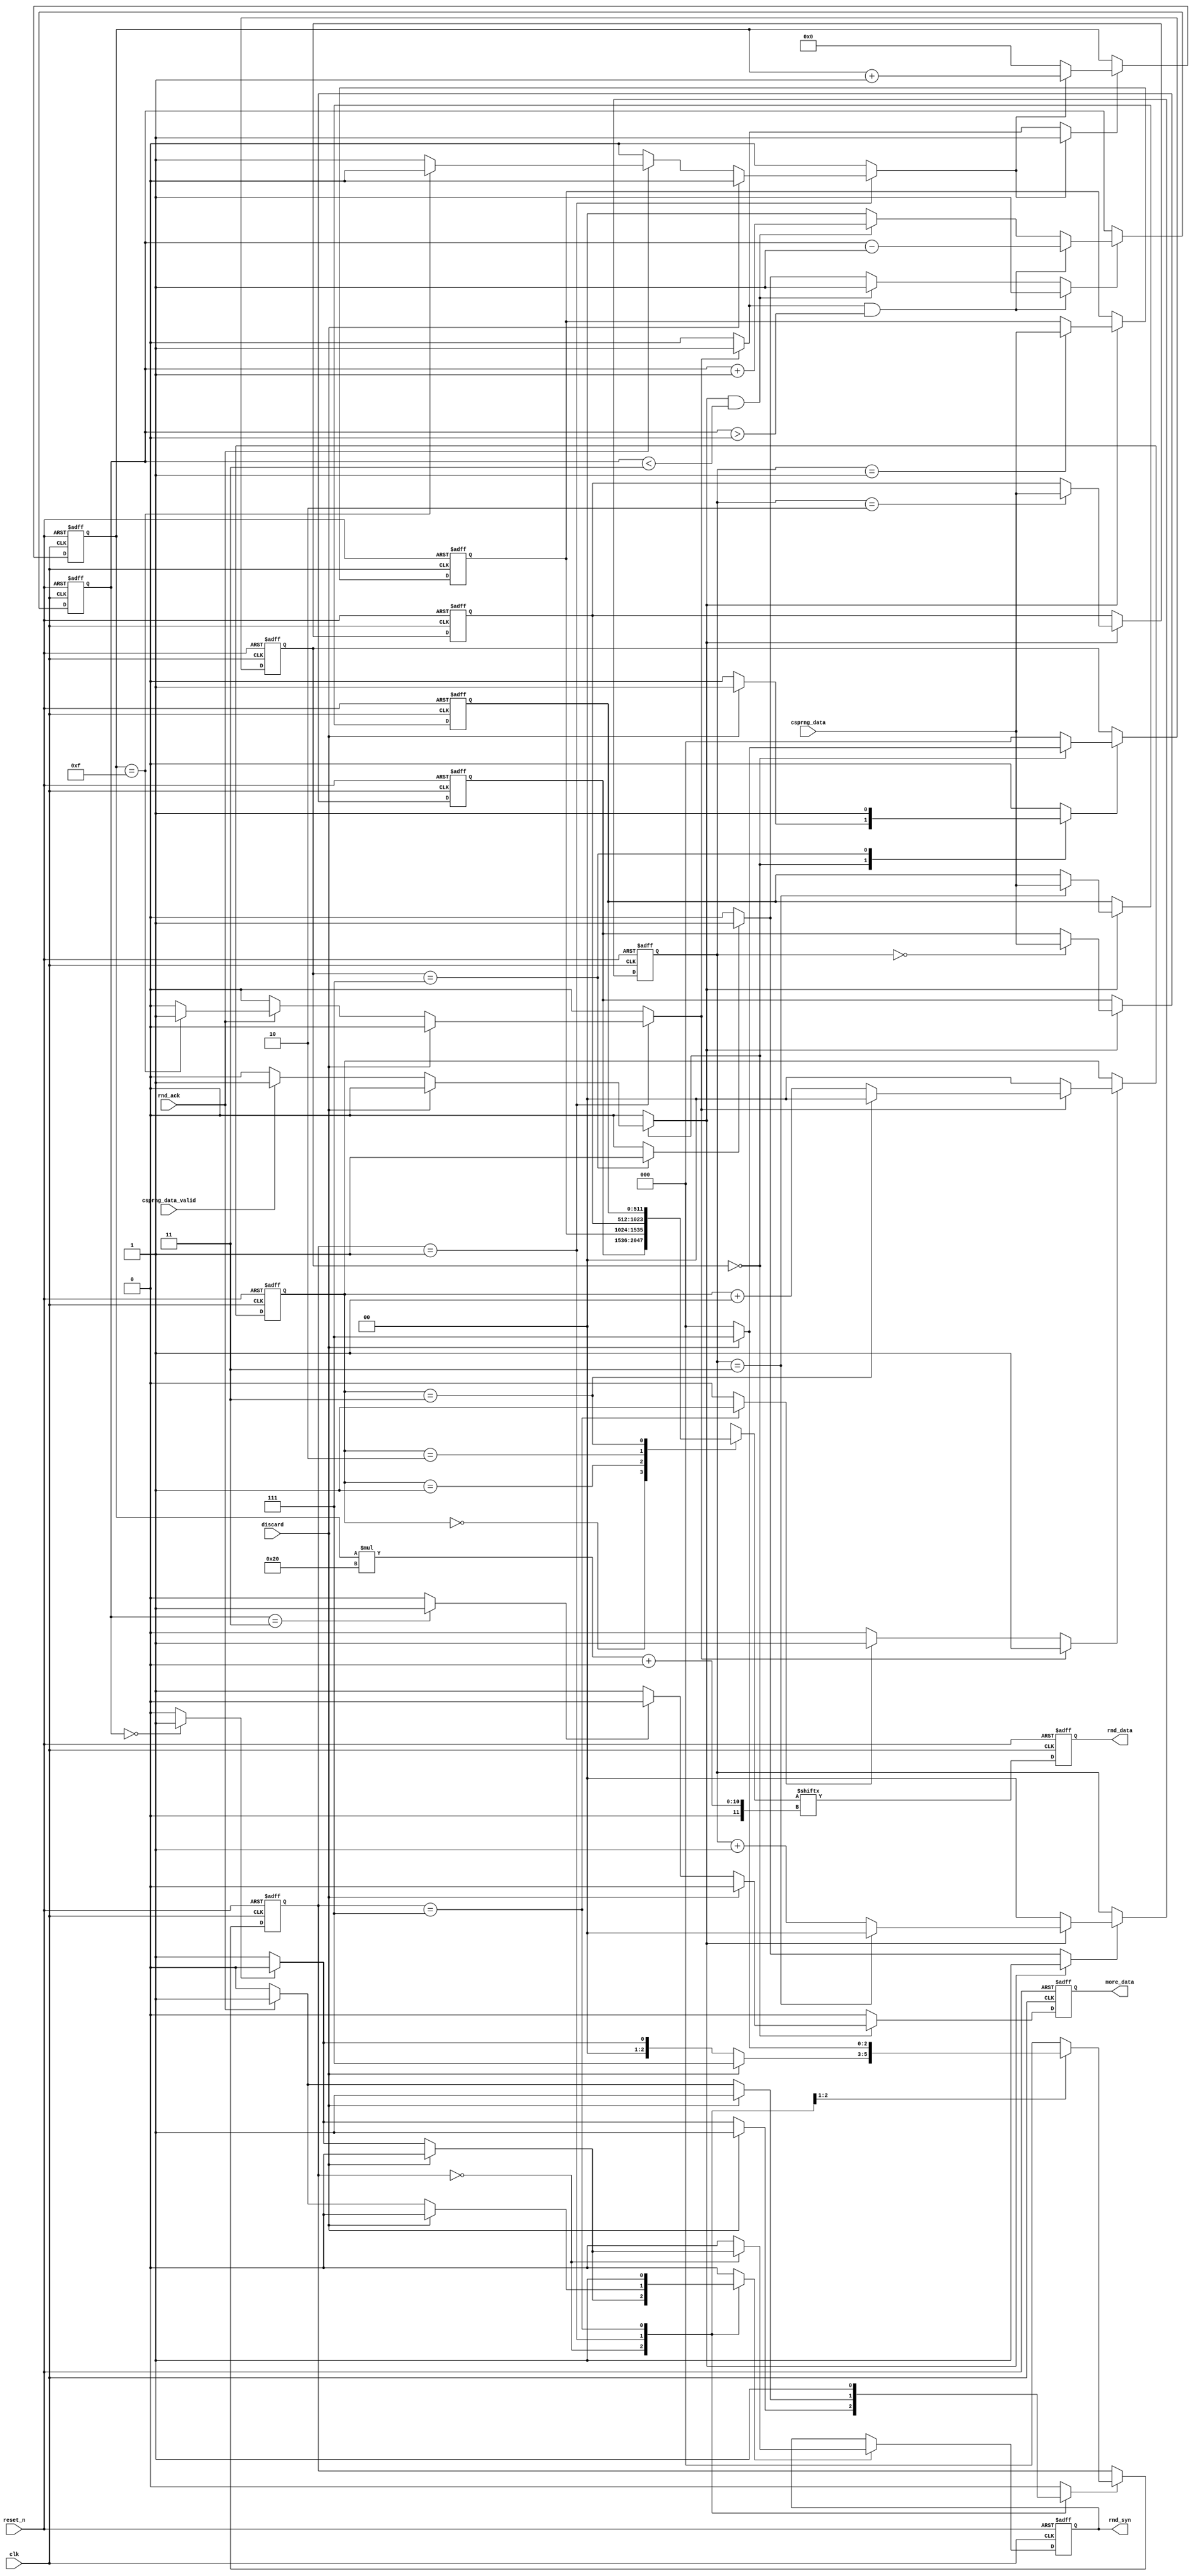
//======================================================================
//
// trng_csprng_fifo.v
// ------------------
// Output FIFO for the CSPRNG in the TRNG.
//
//
// Copyright (c) 2014, Secworks Sweden AB
// All rights reserved.
//
// Redistribution and use in source and binary forms, with or
// without modification, are permitted provided that the following
// conditions are met:
//
// 1. Redistributions of source code must retain the above copyright
//    notice, this list of conditions and the following disclaimer.
//
// 2. Redistributions in binary form must reproduce the above copyright
//    notice, this list of conditions and the following disclaimer in
//    the documentation and/or other materials provided with the
//    distribution.
//
// THIS SOFTWARE IS PROVIDED BY THE COPYRIGHT HOLDERS AND CONTRIBUTORS
// "AS IS" AND ANY EXPRESS OR IMPLIED WARRANTIES, INCLUDING, BUT NOT
// LIMITED TO, THE IMPLIED WARRANTIES OF MERCHANTABILITY AND FITNESS
// FOR A PARTICULAR PURPOSE ARE DISCLAIMED. IN NO EVENT SHALL THE
// COPYRIGHT OWNER OR CONTRIBUTORS BE LIABLE FOR ANY DIRECT, INDIRECT,
// INCIDENTAL, SPECIAL, EXEMPLARY, OR CONSEQUENTIAL DAMAGES (INCLUDING,
// BUT NOT LIMITED TO, PROCUREMENT OF SUBSTITUTE GOODS OR SERVICES;
// LOSS OF USE, DATA, OR PROFITS; OR BUSINESS INTERRUPTION) HOWEVER
// CAUSED AND ON ANY THEORY OF LIABILITY, WHETHER IN CONTRACT,
// STRICT LIABILITY, OR TORT (INCLUDING NEGLIGENCE OR OTHERWISE)
// ARISING IN ANY WAY OUT OF THE USE OF THIS SOFTWARE, EVEN IF
// ADVISED OF THE POSSIBILITY OF SUCH DAMAGE.
//
//======================================================================
`timescale 1ns / 100ps

module trng_csprng_fifo(
                        // Clock and reset.
                        input wire           clk,
                        input wire           reset_n,

                        input wire [511 : 0] csprng_data,
                        input wire           csprng_data_valid,
                        input wire           discard,
                        output wire          more_data,

                        output wire          rnd_syn,
                        output wire [31 : 0] rnd_data,
                        input wire           rnd_ack
                       );


  //----------------------------------------------------------------
  // Internal constant and parameter definitions.
  //----------------------------------------------------------------
  localparam FIFO_ADDR_BITS = 2;
  localparam FIFO_ADDR_MAX  = FIFO_ADDR_BITS - 1;
  localparam FIFO_MAX       = (1 << FIFO_ADDR_BITS) - 1;

  localparam WR_IDLE    = 0;
  localparam WR_WAIT    = 1;
  localparam WR_WRITE   = 2;
  localparam WR_DISCARD = 7;

  localparam RD_IDLE    = 0;
  localparam RD_ACK     = 1;
  localparam RD_DISCARD = 7;


  //----------------------------------------------------------------
  // Registers including update variables and write enable.
  //----------------------------------------------------------------
  reg [511 : 0] fifo_mem [0 : FIFO_MAX];
  reg           fifo_mem_we;

  reg [3 : 0] mux_data_ptr_reg;
  reg [3 : 0] mux_data_ptr_new;
  reg         mux_data_ptr_inc;
  reg         mux_data_ptr_rst;
  reg         mux_data_ptr_we;

  reg [FIFO_ADDR_MAX : 0] rd_ptr_reg;
  reg [FIFO_ADDR_MAX : 0] rd_ptr_new;
  reg                     rd_ptr_inc;
  reg                     rd_ptr_rst;
  reg                     rd_ptr_we;

  reg [FIFO_ADDR_MAX : 0] wr_ptr_reg;
  reg [FIFO_ADDR_MAX : 0] wr_ptr_new;
  reg                     wr_ptr_inc;
  reg                     wr_ptr_rst;
  reg                     wr_ptr_we;

  reg [FIFO_ADDR_MAX : 0] fifo_ctr_reg;
  reg [FIFO_ADDR_MAX : 0] fifo_ctr_new;
  reg                     fifo_ctr_inc;
  reg                     fifo_ctr_dec;
  reg                     fifo_ctr_rst;
  reg                     fifo_ctr_we;
  reg                     fifo_empty;
  reg                     fifo_full;

  reg [31 : 0] rnd_data_reg;

  reg          rnd_syn_reg;
  reg          rnd_syn_new;
  reg          rnd_syn_we;

  reg [2 : 0]  rd_ctrl_reg;
  reg [2 : 0]  rd_ctrl_new;
  reg          rd_ctrl_we;

  reg [2 : 0]  wr_ctrl_reg;
  reg [2 : 0]  wr_ctrl_new;
  reg          wr_ctrl_we;

  reg          more_data_reg;
  reg          more_data_new;


  //----------------------------------------------------------------
  // Wires.
  //----------------------------------------------------------------
  reg [31 : 0] muxed_data;


  //----------------------------------------------------------------
  // Concurrent connectivity for ports etc.
  //----------------------------------------------------------------
  assign rnd_data  = rnd_data_reg;
  assign rnd_syn   = rnd_syn_reg;
  assign more_data = more_data_reg;


  //----------------------------------------------------------------
  // reg_update
  //
  // Register update. All registers have asynchronous reset.
  //----------------------------------------------------------------
  always @ (posedge clk or negedge reset_n)
    begin
      if (!reset_n)
        begin
          fifo_mem[00]     <= {16{32'h00000000}};
          fifo_mem[01]     <= {16{32'h00000000}};
          fifo_mem[02]     <= {16{32'h00000000}};
          fifo_mem[03]     <= {16{32'h00000000}};
          mux_data_ptr_reg <= 4'h0;
          rd_ptr_reg       <= {FIFO_ADDR_BITS{1'b0}};
          wr_ptr_reg       <= {FIFO_ADDR_BITS{1'b0}};
          fifo_ctr_reg     <= {FIFO_ADDR_BITS{1'b0}};
          rnd_data_reg     <= 32'h00000000;
          rnd_syn_reg      <= 0;
          more_data_reg    <= 0;
          wr_ctrl_reg      <= WR_IDLE;
          rd_ctrl_reg      <= RD_IDLE;
        end
      else
        begin
          rnd_data_reg  <= muxed_data;
          more_data_reg <= more_data_new;

          if (rnd_syn_we)
            begin
              rnd_syn_reg <= rnd_syn_new;
            end

          if (fifo_mem_we)
            begin
              fifo_mem[wr_ptr_reg] <= csprng_data;
            end

          if (mux_data_ptr_we)
            begin
              mux_data_ptr_reg <= mux_data_ptr_new;
            end

          if (rd_ptr_we)
            begin
              rd_ptr_reg <= rd_ptr_new;
            end

          if (wr_ptr_we)
            begin
              wr_ptr_reg <= wr_ptr_new;
            end

          if (fifo_ctr_we)
            begin
              fifo_ctr_reg <= fifo_ctr_new;
            end

          if (rd_ctrl_we)
            begin
              rd_ctrl_reg <= rd_ctrl_new;
            end

          if (wr_ctrl_we)
            begin
              wr_ctrl_reg <= wr_ctrl_new;
            end
        end
    end // reg_update


  //----------------------------------------------------------------
  // output_data_mux
  //
  // Logic that reads out a 512 bit word from the fifo memory
  // and then selects a 32-bit word as output data.
  //----------------------------------------------------------------
  always @*
    begin : output_data_mux
      reg [511 : 0] fifo_rd_data;

      fifo_rd_data = fifo_mem[rd_ptr_reg];
      muxed_data = fifo_rd_data[mux_data_ptr_reg * 32 +: 32];
    end // output_data_mux


  //----------------------------------------------------------------
  // mux_data_ptr
  //
  // Pointer for selecting output data word from the 512 bit
  // word currently being read in the FIFO.
  //----------------------------------------------------------------
  always @*
    begin : mux_data_ptr
      mux_data_ptr_new = 4'h0;
      mux_data_ptr_we  = 0;

      if (mux_data_ptr_rst)
        begin
          mux_data_ptr_new = 4'h0;
          mux_data_ptr_we  = 1;
        end

      if (mux_data_ptr_inc)
        begin
          mux_data_ptr_new = mux_data_ptr_reg + 1'b1;
          mux_data_ptr_we  = 1;
        end
    end // mux_data_ptr


  //----------------------------------------------------------------
  // fifo_rd_ptr
  //
  // Pointer that selects the current 512 bit word in the FIFO
  // to extract data from.
  //----------------------------------------------------------------
  always @*
    begin : fifo_rd_ptr
      rd_ptr_new   = {FIFO_ADDR_BITS{1'b0}};
      rd_ptr_we    = 0;
      fifo_ctr_dec = 0;

      if (rd_ptr_rst)
        rd_ptr_we  = 1;

      if (rd_ptr_inc)
        begin
          fifo_ctr_dec  = 1;
          if (rd_ptr_reg == FIFO_MAX)
            rd_ptr_we  = 1;
          else
            begin
              rd_ptr_new = rd_ptr_reg + 1'b1;
              rd_ptr_we  = 1;
            end
        end
    end // fifo_rd_ptr


  //----------------------------------------------------------------
  // fifo_wr_ptr
  //
  // Pointer to where to store a new 512 bit word in the FIFO.
  //----------------------------------------------------------------
  always @*
    begin : fifo_wr_ptr
      wr_ptr_new = {FIFO_ADDR_BITS{1'b0}};
      wr_ptr_we  = 0;

      if (wr_ptr_rst)
        wr_ptr_we    = 1;

      if (wr_ptr_inc)
        begin
          if (wr_ptr_reg == FIFO_MAX)
            wr_ptr_we  = 1;
          else
            begin
              wr_ptr_new = wr_ptr_reg + 1'b1;
              wr_ptr_we  = 1;
            end
        end
    end // fifo_wr_ptr


  //----------------------------------------------------------------
  // fifo_ctr
  //
  // fifo counter tracks the number of 512 bit elements currently
  // in the fifp. The counter also signals the csprng when more
  // data is needed. The fifo also signals applications when
  // random numbers are available, that is there is at least
  // one elemnt in the fifo with 32-bit words not yet used.
  //----------------------------------------------------------------
  always @*
    begin : fifo_ctr
      fifo_ctr_new  = {FIFO_ADDR_BITS{1'b0}};
      fifo_ctr_we   = 0;
      fifo_empty    = 0;
      fifo_full     = 0;

      if (fifo_ctr_reg == 0)
        begin
          fifo_empty = 1;
        end

      if (fifo_ctr_reg == FIFO_MAX)
        begin
          fifo_full = 1;
        end

      if (fifo_ctr_rst)
        fifo_ctr_we = 1;

      if ((fifo_ctr_inc) && (fifo_ctr_reg < FIFO_MAX))
        begin
          fifo_ctr_new = fifo_ctr_reg + 1'b1;
          fifo_ctr_we  = 1;
        end

      if ((fifo_ctr_dec)  && (fifo_ctr_reg > 0))
        begin
          fifo_ctr_new = fifo_ctr_reg - 1'b1;
          fifo_ctr_we  = 1;
        end
    end // fifo_ctr


  //----------------------------------------------------------------
  // rd_ctrl
  //
  // Control FSM for reading data as requested by the consumers.
  //----------------------------------------------------------------
  always @*
    begin : rd_ctrl
      mux_data_ptr_rst = 0;
      mux_data_ptr_inc = 0;
      rnd_syn_new      = 0;
      rnd_syn_we       = 0;
      rd_ptr_inc       = 0;
      rd_ptr_rst       = 0;
      rd_ctrl_new      = RD_IDLE;
      rd_ctrl_we       = 0;

      case (rd_ctrl_reg)
        RD_IDLE:
          begin
            if (discard)
              begin
                rd_ctrl_new = RD_DISCARD;
                rd_ctrl_we  = 1;
              end
            else
              begin
                if (!fifo_empty)
                  begin
                    rnd_syn_new = 1;
                    rnd_syn_we  = 1;
                    rd_ctrl_new = RD_ACK;
                    rd_ctrl_we  = 1;
                  end
              end
          end

        RD_ACK:
          begin
            if (discard)
              begin
                rd_ctrl_new = RD_DISCARD;
                rd_ctrl_we  = 1;
              end
            else
              begin
                if (rnd_ack)
                  begin
                    if (mux_data_ptr_reg == 4'hf)
                      begin
                        rd_ptr_inc       = 1;
                        mux_data_ptr_rst = 1;
                      end
                    else
                      begin
                        mux_data_ptr_inc = 1;
                      end
                    rnd_syn_new  = 0;
                    rnd_syn_we   = 1;
                    rd_ctrl_new  = RD_IDLE;
                    rd_ctrl_we   = 1;
                  end
              end
          end

        RD_DISCARD:
          begin
            rnd_syn_new = 0;
            rnd_syn_we  = 1;
            rd_ptr_rst  = 1;
            rd_ctrl_new = RD_IDLE;
            rd_ctrl_we  = 1;
          end

      endcase // case (rd_ctrl_reg)
    end // rd_ctrl


  //----------------------------------------------------------------
  // wr_ctrl
  //
  // FSM for requesting data and writing new data to the fifo.
  //----------------------------------------------------------------
  always @*
    begin : wr_ctrl
      wr_ptr_inc    = 0;
      wr_ptr_rst    = 0;
      fifo_mem_we   = 0;
      fifo_ctr_inc  = 0;
      fifo_ctr_rst  = 0;
      more_data_new = 0;
      wr_ctrl_new   = WR_IDLE;
      wr_ctrl_we    = 0;

      case (wr_ctrl_reg)
        WR_IDLE:
          begin
            if (discard)
              begin
                wr_ctrl_new = WR_DISCARD;
                wr_ctrl_we  = 1;
              end
            else
              begin
                if (!fifo_full)
                  begin
                    more_data_new = 1;
                  end

                if (csprng_data_valid)
                  begin
                    fifo_mem_we      = 1;
                    wr_ptr_inc       = 1;
                    fifo_ctr_inc     = 1;
                  end
              end
          end

        WR_DISCARD:
          begin
            fifo_ctr_rst     = 1;
            wr_ptr_rst       = 1;
            wr_ctrl_new      = WR_IDLE;
            wr_ctrl_we       = 1;
          end
      endcase // case (wr_ctrl_reg)
    end // wr_ctrl

endmodule // trng_csprng_fifo

//======================================================================
// EOF trng_csprng_fifo.v
//======================================================================